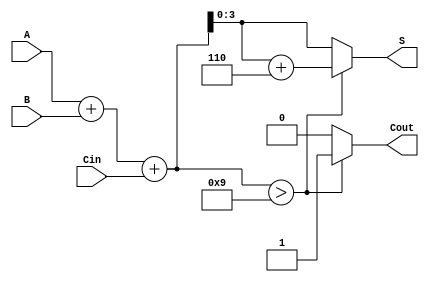
module BCD_Hybrid_Adder (
    input  [3:0] A,       // First BCD input
    input  [3:0] B,       // Second BCD input
    input        Cin,      // Carry-in
    output reg [3:0] S,    // BCD sum output
    output reg Cout        // Carry-out
);

    // Internal wire to hold the binary sum
    wire [4:0] Temp;

    // Binary addition of A, B and Cin
    assign Temp = A + B + Cin;

    always @(*) begin
        // Initialize the outputs
        Cout = 0;
        S = 0;

        // Check if Temp exceeds valid BCD range (greater than 9)
        if (Temp > 5'b01001) begin
            // If Temp exceeds 9, perform BCD correction
            S = Temp + 5'b00110; // Add 6
            Cout = 1;            // Set carry-out
        end else begin
            // If Temp is a valid BCD digit
            S = Temp[3:0];       // Assign lower 4 bits to output sum
            Cout = 0;            // No carry-out
        end
    end

endmodule